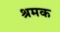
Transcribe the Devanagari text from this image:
श्रमक